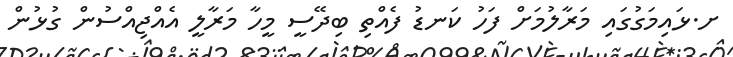
ށ.ޅައިމަގުގައި މަރާލުމަށް ފަހު ކަނޑު ފެއްތި ބިދޭސީ މީހާ މަރާލީ އެއްޖިއްސުން ގުޅުން